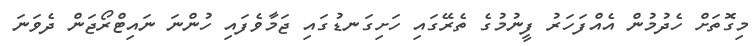
މިގޮތަށް ހެދުމުން އެއްފަހަރު ފީނުމުގެ ތެރޭގައި ހަށިގަނޑުގައި ޖަމާވެފައި ހުންނަ ނައިޓްރޯޖަން ދެވަނަ